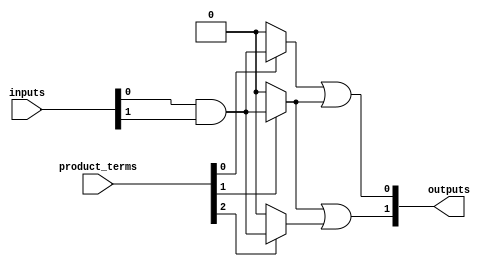
module CLB (
    input wire [N-1:0] inputs,       // N input signals
    input wire [M-1:0] product_terms, // M product term select signals
    output wire [O-1:0] outputs       // O output signals
);

// Parameters for the number of inputs, product terms, and outputs
parameter N = 4; // Number of inputs
parameter M = 8; // Number of AND gates (product terms)
parameter O = 2; // Number of outputs

// Internal signals for AND plane outputs
wire [M-1:0] and_output;

// AND Plane: Generate product terms from inputs
generate
    genvar i;
    for (i = 0; i < M; i = i + 1) begin : and_gate
        assign and_output[i] = (product_terms[i]) ? 
            (inputs[0] & inputs[1]) : 1'b0; // Example: AND gate logic
    end
endgenerate

// OR Plane: Combine product terms to generate outputs
generate
    genvar j;
    for (j = 0; j < O; j = j + 1) begin : or_gate
        assign outputs[j] = and_output[j] | and_output[j + 1]; // Example: OR gate logic
    end
endgenerate

endmodule